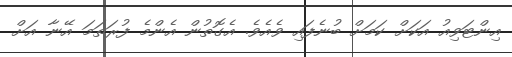
އިންޓަވިއު އަކަށް ކަމަށް ބުނެފައި ވެއެވެ. އެގޮތުން އެންމެ ފުރަތަމަ އޭނާ އަށް